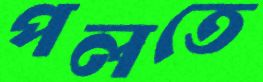
পলতে